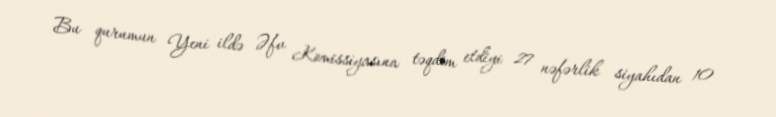
Bu qurumun Yeni ildə Əfv Komissiyasına təqdim etdiyi 27 nəfərlik siyahıdan 10